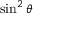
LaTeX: \sin ^ { 2 } \theta